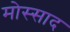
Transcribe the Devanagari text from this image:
मोस्साद